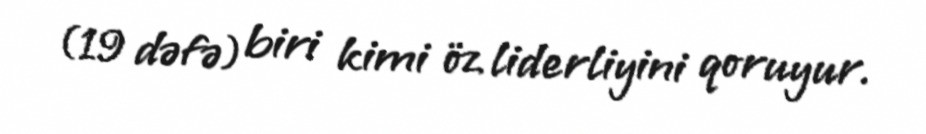
(19 dəfə) biri kimi öz liderliyini qoruyur.